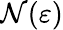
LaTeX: \mathcal{N}(\varepsilon)